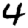
Digit: 4